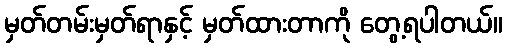
မှတ်တမ်းမှတ်ရာနှင့် မှတ်ထားတာကို တွေ့ရပါတယ်။